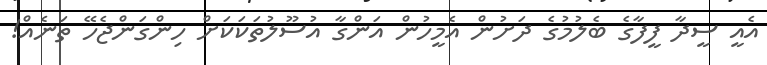
އެއީ ސީދާ ފީފާގެ ބެލުމުގެ ދަށުން އެމީހުން އަންގާ އުސޫލުތަކަކަށް ހިންގަންޖެހޭ ތަނެއް!